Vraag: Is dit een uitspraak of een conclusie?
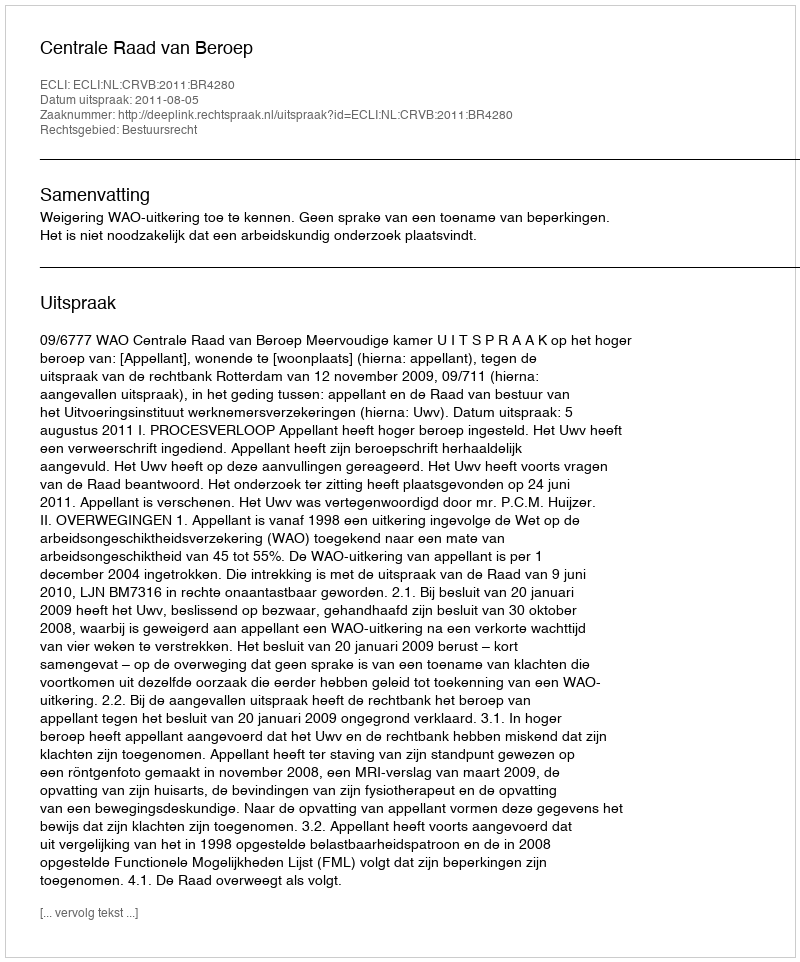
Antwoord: Uitspraak